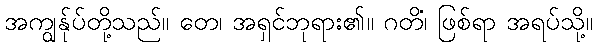
အကျွန်ုပ်တို့သည်။ တေ၊ အရှင်ဘုရား၏။ ဂတိံ၊ ဖြစ်ရာ အရပ်သို့။